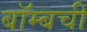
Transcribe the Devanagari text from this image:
बॉम्बची